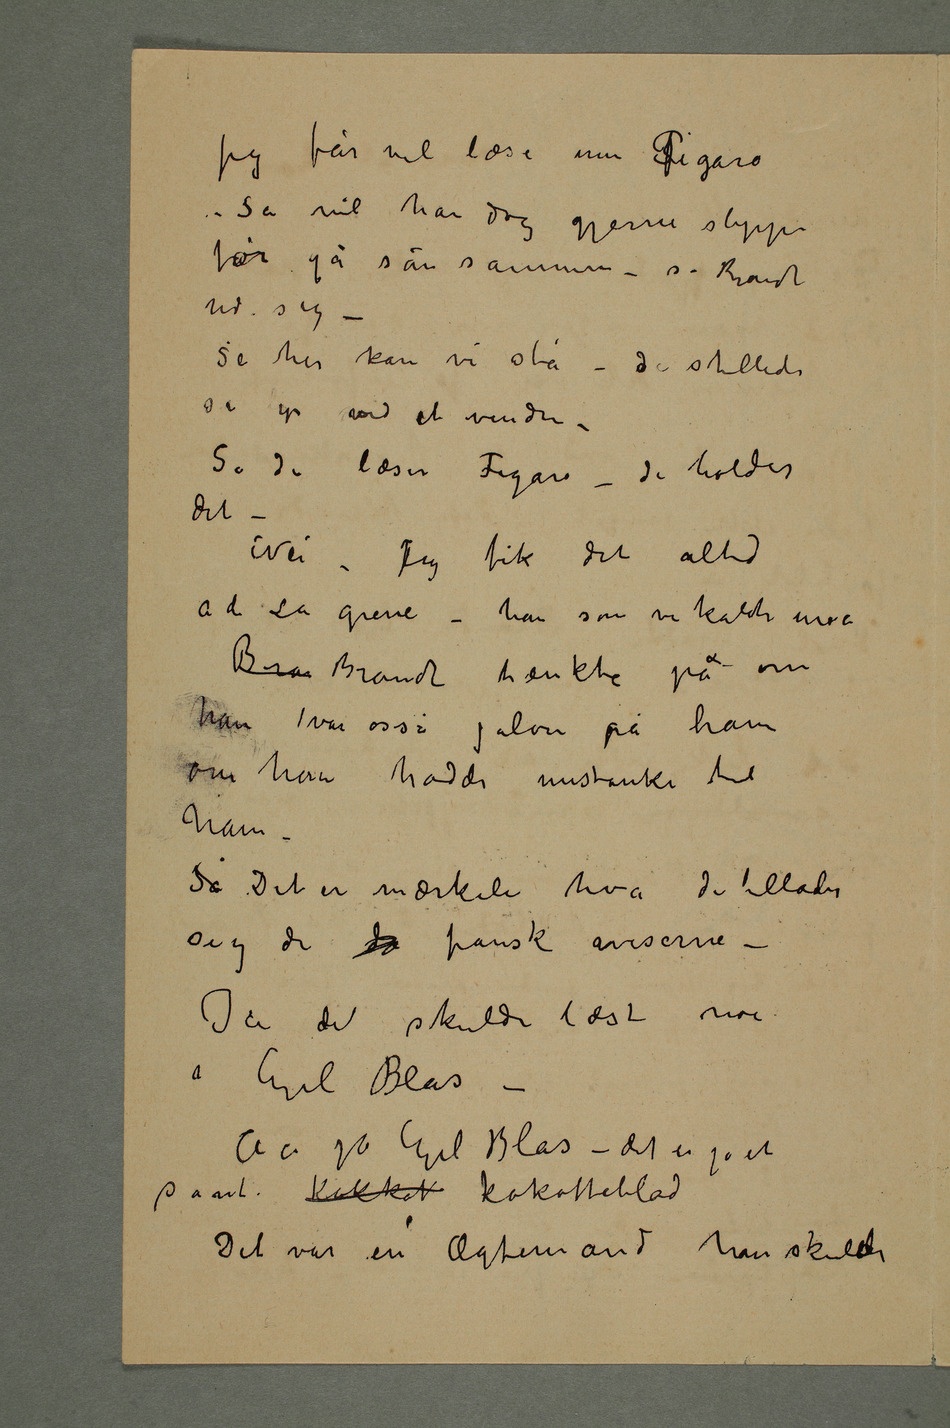
– Så vil han dog gjerne slippe
for gå sån sammen – sa Brandt
indi sig
– Se her kan vi stå – de stillede
så op ved et vindu
– Så de læser Figarokodes? – de holder
det –
Nei – Jeg fik det altid a
d kodes?La greve – han som vi kaldte moe
Bra Brandt tænkte på om
han var osså jalou på ham
om han hadde mistanke til
ham
– Så Det er mærkeli hva de tillader
sig de da franske aviserne
– Ja de skulde læst noe
i Gil Blas –
Aa jo Gil Blas – det er jo et
saant Kokkot kokotteblad
Det var en Ægtemand han skulde